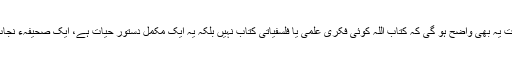
ایک بات یہ بھی واضح ہو گی کہ کتاب اللہ کوئی فکری علمی یا فلسفیاتی کتاب نہیں بلکہ یہ ایک مکمل دستورِ حیات ہے، ایک صحیفہءِ نجات ھے۔